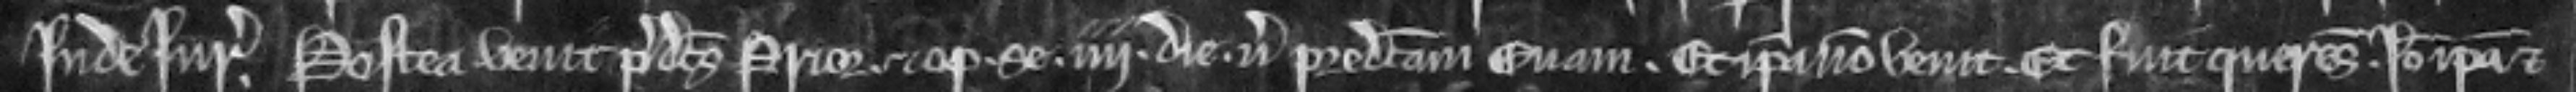
inde jurata. Postea venit predictus Prior et optulit se iiii die versus predictam Evam. Et ipsa non venit. Et fuit querens. Ideo ipsa et